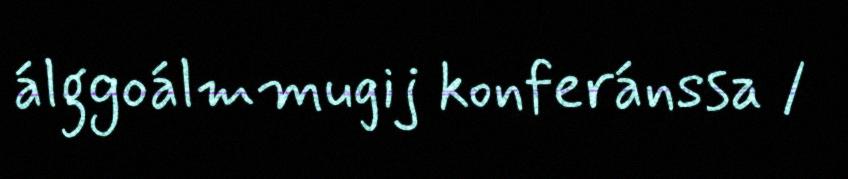
álggoálmmugij konferánssa /